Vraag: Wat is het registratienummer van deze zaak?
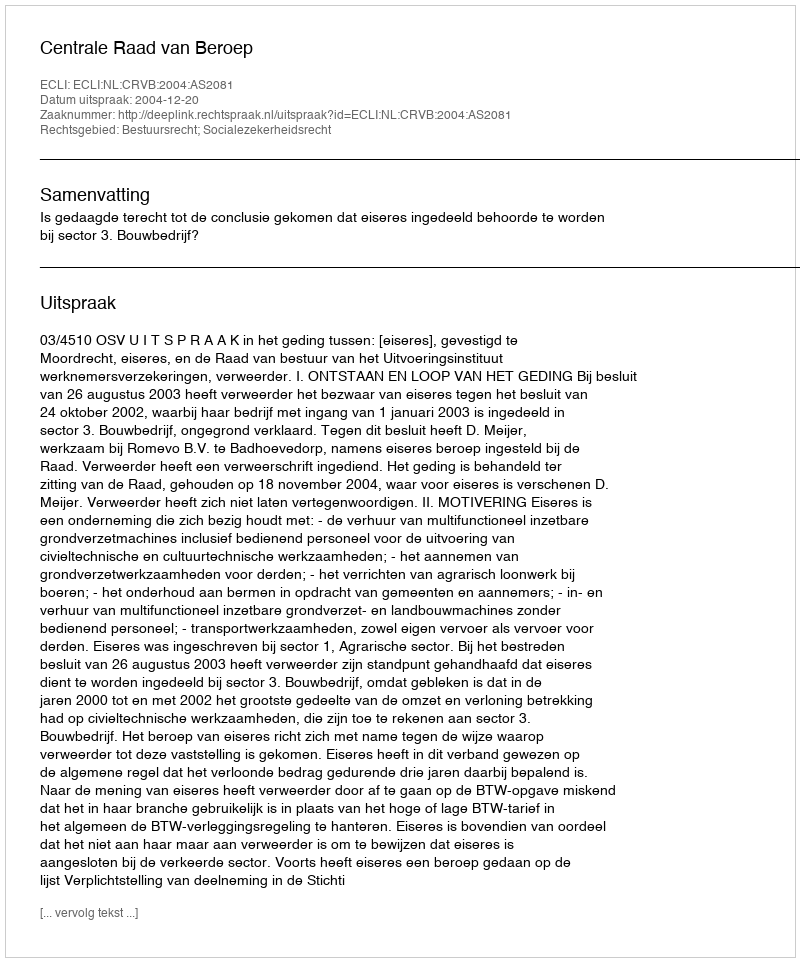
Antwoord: http://deeplink.rechtspraak.nl/uitspraak?id=ECLI:NL:CRVB:2004:AS2081